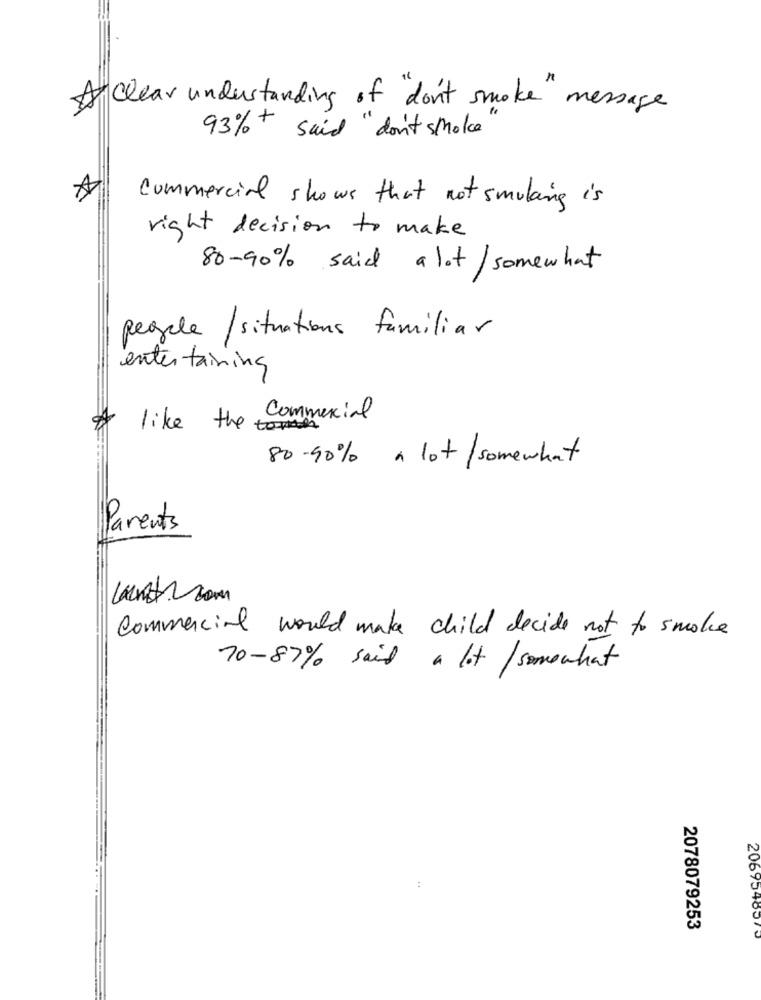
A Clear understanding of don't smoke message
93% + said "don't smoke"
A
commercial shows that not smoking is
right decision to make
80-90% said a lot/somewhat
pegale/ situations familiar
entertaining
· Commercial
like the
80-90% a lot/somewhat
Parents
lan .. com
Commercial would make child decide not to smoke
70-87% said a lot / somewhat
..
2078079253
2069548570